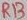
Text: RB